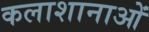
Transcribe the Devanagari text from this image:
कलाशानाओं